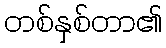
တစ်နှစ်တာ၏